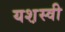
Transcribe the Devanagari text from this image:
यश़स्वी